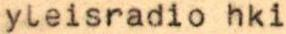
yleisradio hki